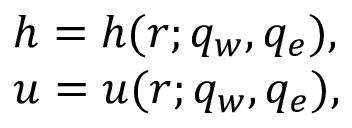
\begin{array} { l } { h = h ( r ; q _ { w } , q _ { e } ) , } \\ { u = u ( r ; q _ { w } , q _ { e } ) , } \end{array}